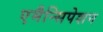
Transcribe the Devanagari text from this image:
एमैन्सिपेशन